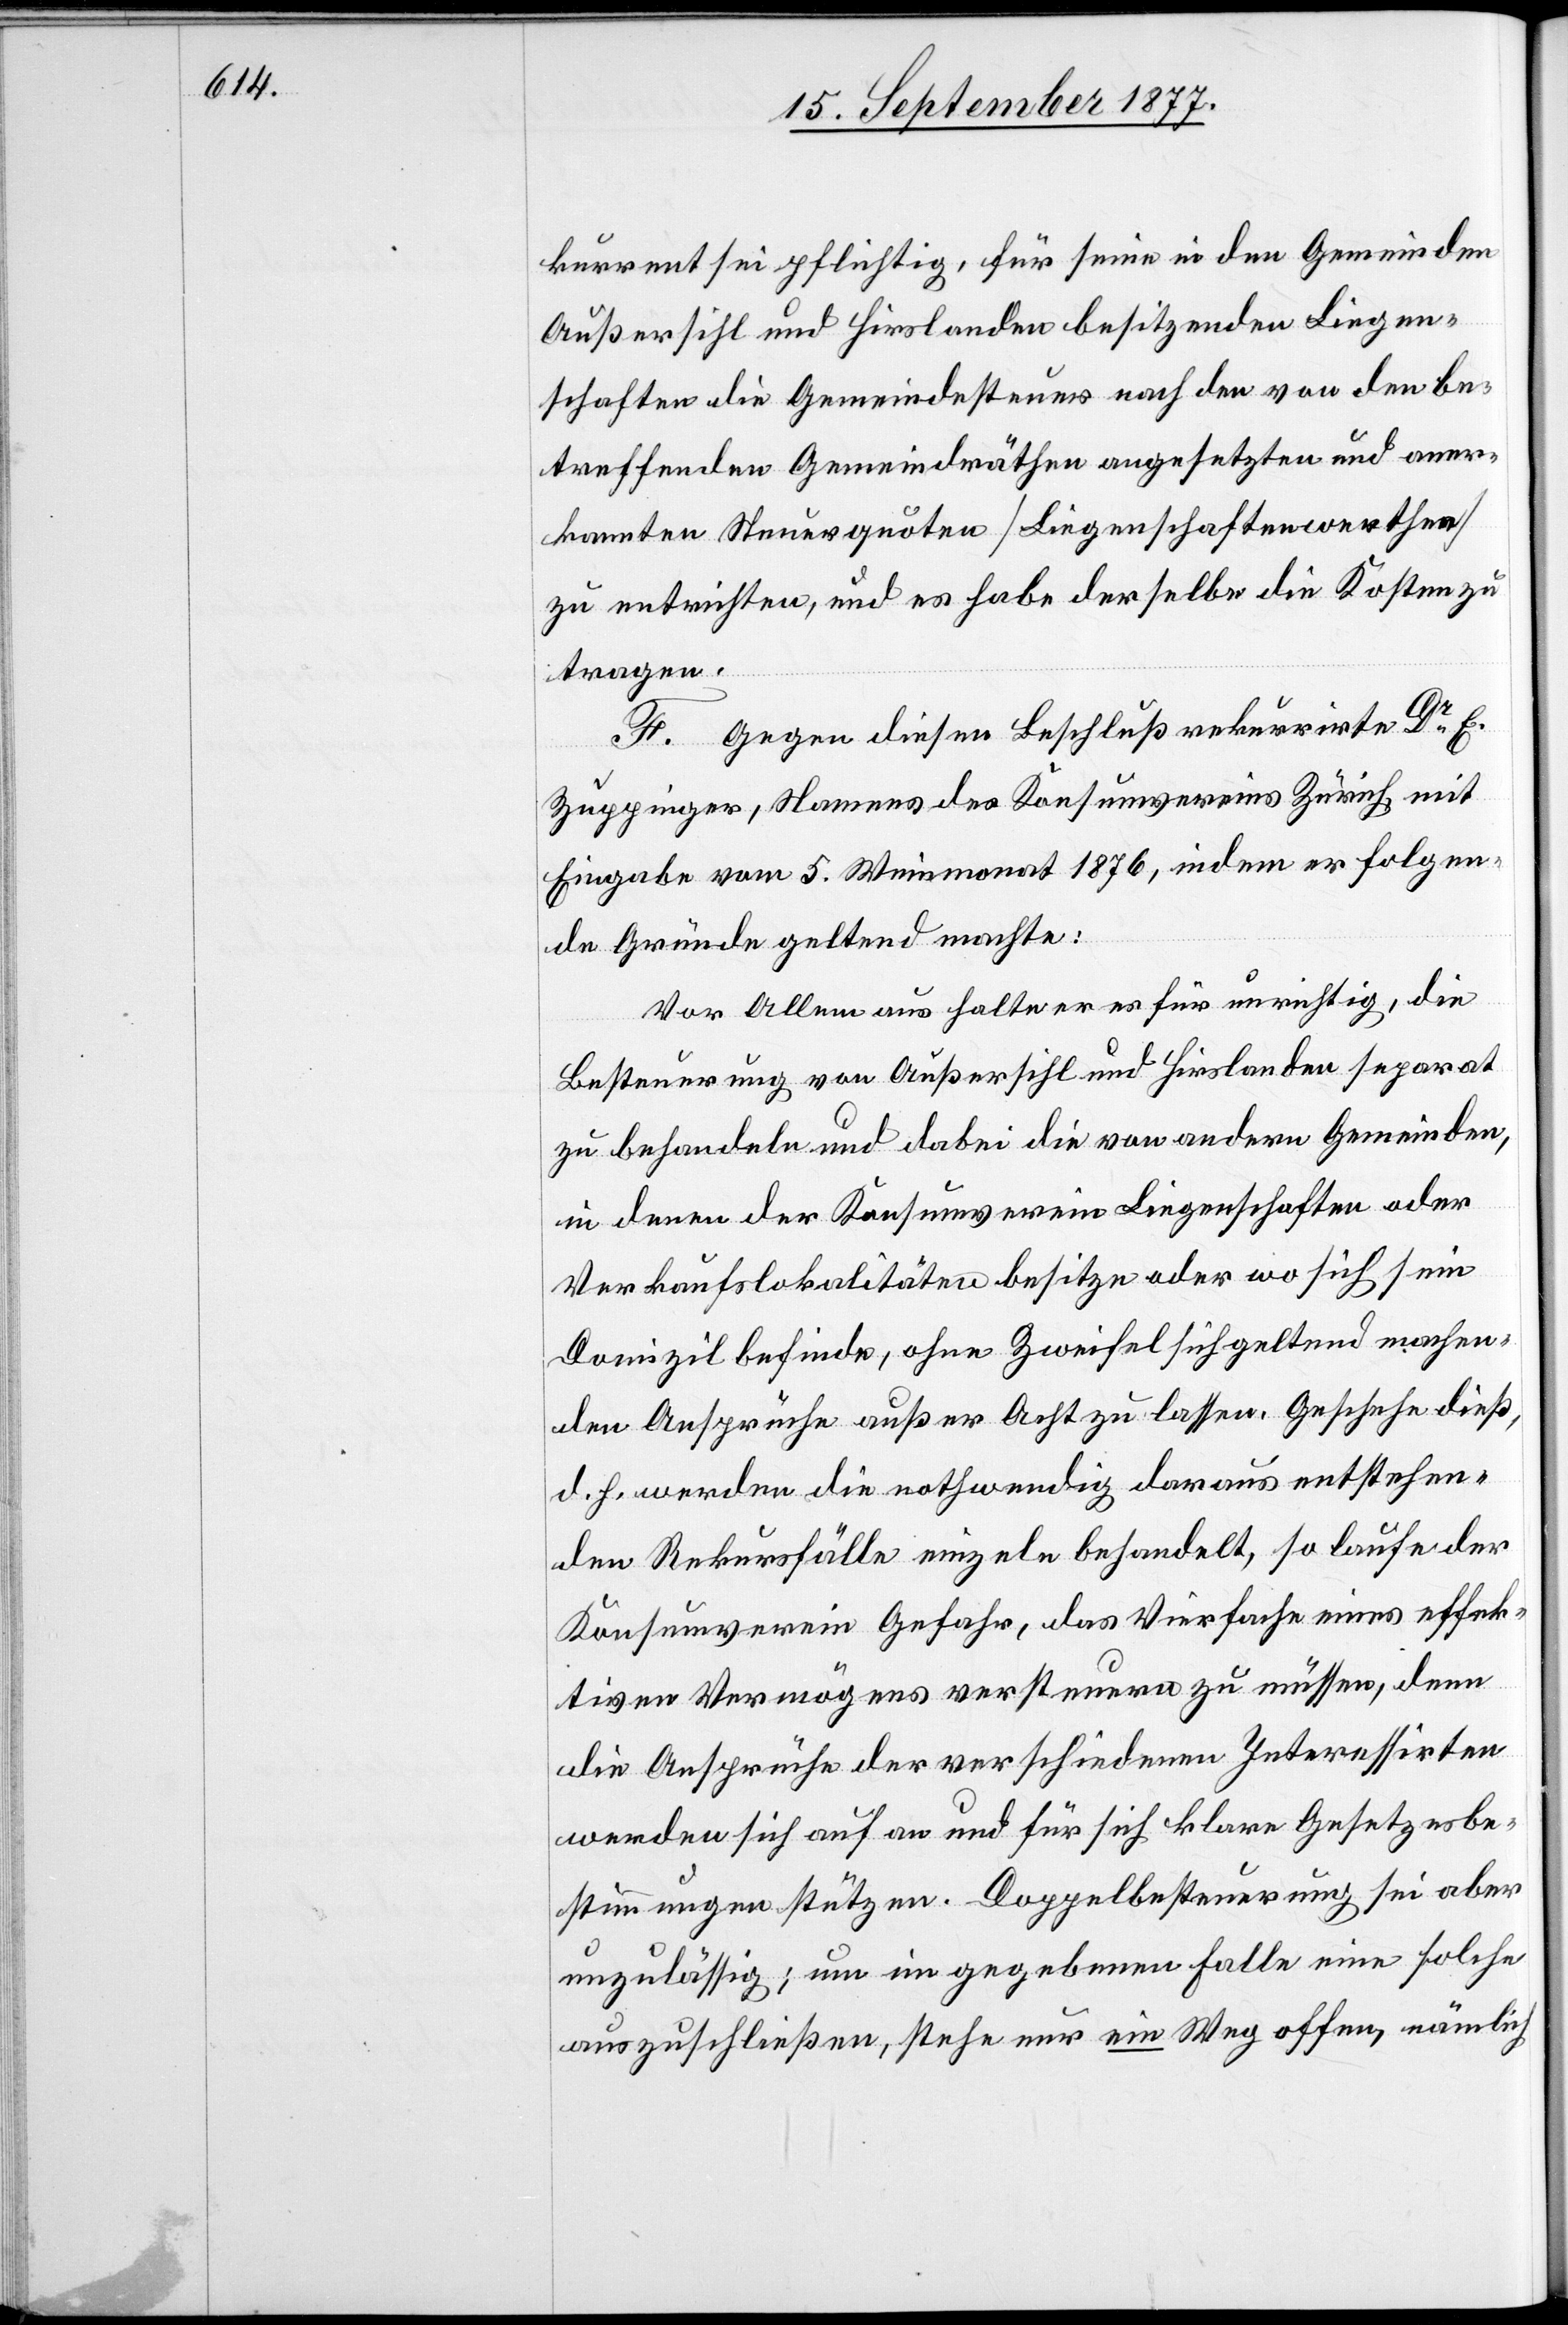
kurrent sei pflichtig, für seine in den Gemeinden
Außersihl und Hirslanden besitzenden Liegen¬
schaften die Gemeindesteuer nach den von den be¬
treffenden Gemeindräthen angesetzten und aner¬
kannten Steuerquoten [Liegenschaftenwerthen]
zu entrichten, und es habe derselbe die Kosten zu
tragen.
F. Gegen diesen Beschluß rekurrirte Dr E.
Zuppinger, Namens des Konsumvereins Zürich, mit
Eingabe vom 5. Weinmonat 1876, indem er folgen¬
de Gründe geltend machte:
Vor Allem aus halte er es für unrichtig, die
Besteuerung von Außersihl und Hirslanden separat
zu behandeln und dabei die von andern Gemeinden,
in denen der Konsumverein Liegenschaften oder
Verkaufslokalitäten besitze oder wo sich sein
Domizil befinde, ohne Zweifel sich geltend machen¬
den Ansprüche außer Acht zu lassen. Geschehe dieß,
d. h. werden die nothwendig daraus entstehen¬
den Rekursfälle einzeln behandelt, so laufe der
Konsumverein Gefahr, das Vierfache eines effek¬
tiven Vermögens versteuern zu müssen, denn
die Ansprüche der verschiedenen Interessirten
werden sich auf an und für sich klare Gesetzesbe¬
stimmungen stützen. Doppelbesteuerung sei aber
unzulässig; um im gegebenen Falle eine solche
auszuschließen, stehe nur ein Weg offen, nämlich